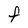
Character: F